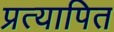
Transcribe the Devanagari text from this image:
प्रत्यापित